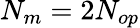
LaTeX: N_{m}=2N_{op}